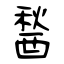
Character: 醔